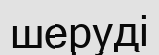
шеруді